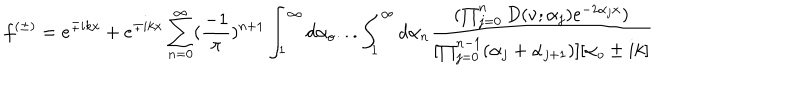
LaTeX: f ^ { ( \pm ) } = e ^ { \mp i k x } + e ^ { \mp i k x } \sum _ { n = 0 } ^ { \infty } ( \frac { - 1 } { \pi } ) ^ { n + 1 } \int _ { 1 } ^ { \infty } d \alpha _ { o } . . . \int _ { 1 } ^ { \infty } d \alpha _ { n } \frac { ( \prod _ { j = 0 } ^ { n } D ( \nu ; \alpha _ { j } ) e ^ { - 2 \alpha _ { j } x } ) } { [ \prod _ { j = 0 } ^ { n - 1 } ( \alpha _ { j } + \alpha _ { j + 1 } ) ] [ \alpha _ { o } \pm i k ] }